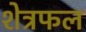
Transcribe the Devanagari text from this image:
शेत्रफल